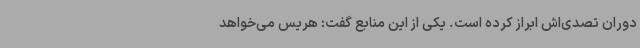
دوران تصدی‌اش ابراز کرده است. یکی از این منابع گفت: هریس می‌خواهد